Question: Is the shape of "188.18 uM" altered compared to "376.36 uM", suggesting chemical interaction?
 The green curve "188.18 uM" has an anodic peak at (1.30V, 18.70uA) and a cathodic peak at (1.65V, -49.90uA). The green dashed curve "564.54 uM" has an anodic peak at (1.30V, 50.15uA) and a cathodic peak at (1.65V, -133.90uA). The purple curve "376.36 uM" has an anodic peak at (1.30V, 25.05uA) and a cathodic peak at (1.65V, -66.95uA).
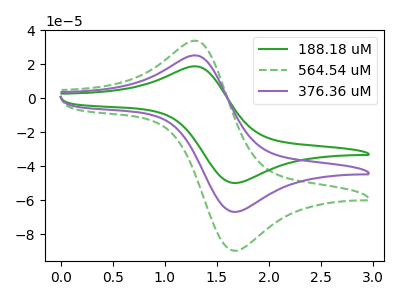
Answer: <think>All the peaks in "188.18 uM" have a peak in "376.36 uM" at the same potential. Every peak in "188.18 uM" is lower than every peak in "376.36 uM".
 </think>
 <answer>No, "188.18 uM" and "376.36 uM" don't appear to be significantly different in shape</answer>
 <eval>no_change</eval>